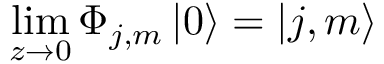
\operatorname * { l i m } _ { z \rightarrow 0 } \Phi _ { j , m } \left| 0 \right\rangle = \left| j , m \right\rangle